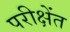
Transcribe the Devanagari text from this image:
परीक्षेंत